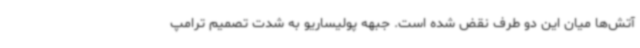
آتش‌ها میان این دو طرف نقض شده است. جبهه پولیساریو به شدت تصمیم ترامپ